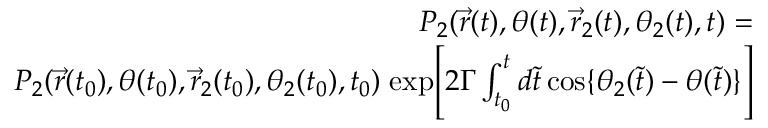
\begin{array} { r l r } & { } & { P _ { 2 } ( \vec { r } ( t ) , \theta ( t ) , \vec { r } _ { 2 } ( t ) , \theta _ { 2 } ( t ) , t ) = } \\ & { } & { P _ { 2 } ( \vec { r } ( t _ { 0 } ) , \theta ( t _ { 0 } ) , \vec { r } _ { 2 } ( t _ { 0 } ) , \theta _ { 2 } ( t _ { 0 } ) , t _ { 0 } ) \; \mathrm { e x p } \Bigg [ 2 \Gamma \int _ { t _ { 0 } } ^ { t } d \tilde { t } \, \mathrm { c o s } \{ \theta _ { 2 } ( \tilde { t } ) - \theta ( \tilde { t } ) \} \Bigg ] } \end{array}